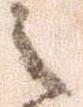
之